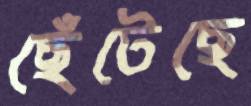
ছেঁটেছে